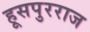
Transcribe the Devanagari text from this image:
हूसपुरराज